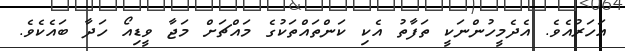
އަހަރުއެވެ. އެދެމީހުންނަކީ ތަފާތު އެކި ކަންތައްތަކުގެ މައްޗަށް މަޖާ ވީޑިއޯ ހަދާ ބައެކެވެ.